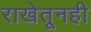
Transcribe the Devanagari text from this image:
राखेतूनही